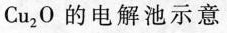
Cu_{2}O的电解池示意